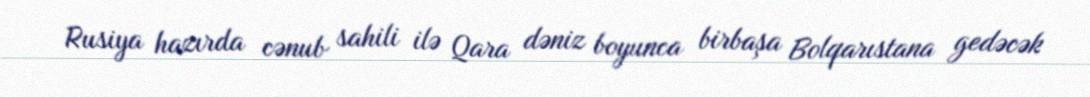
Rusiya hazırda cənub sahili ilə Qara dəniz boyunca birbaşa Bolqarıstana gedəcək